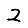
Digit: 2